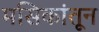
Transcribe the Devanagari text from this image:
मसिकांतून